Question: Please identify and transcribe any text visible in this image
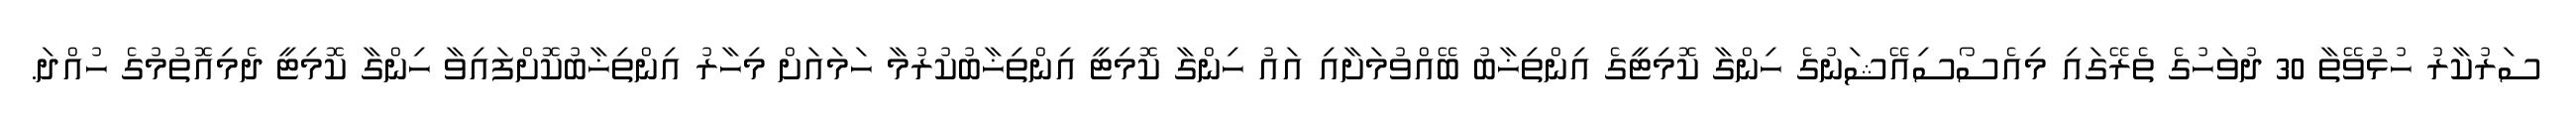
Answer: ސަރުކާރު ހުޅުވޭތާ 30 ދުވަހުގެ ތެރޭގައި މިއެސޯސިއޭޝަނުގެ ހިންގާ ކޮމިޓީގެ އިންތިޚާބު ބޭއްވުމަށާއި އައު ހިންގާ ކޮމިޓީ އިންތިޚާބުކުރުމާ ހަމައަށް މިހާރު އިންތިޚާބުކޮށްފައިވާ ހިންގާ ކޮމިޓީ ދެމިއޮތުމުގެ ހުއްދަ.